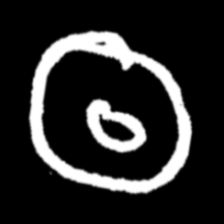
Pyu character \u2014 Myanmar letter: ထ (romanized: tha)